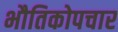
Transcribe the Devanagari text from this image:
भौतिकोपचार